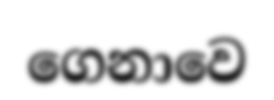
ගෙනාවෙ